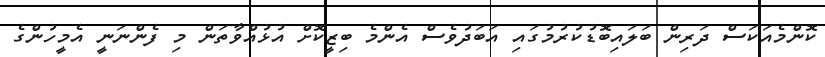
ކޮންމެއަކަސް ދަރިން ބަލައިބޮޑުކުރުމުގައި އަބަދުވެސް އެންމެ ބިޒީކޮށް އުޅުއްވާތަން މި ފެންނަނީ އެމީހުންގެ